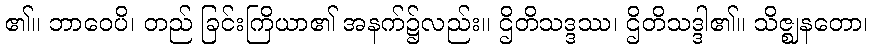
၏။ ဘာဝေပိ၊ တည် ခြင်းကြိယာ၏ အနက်၌လည်း။ ဌိတိသဒ္ဒဿ၊ ဌိတိသဒ္ဒါ၏။ သိဇ္ဈနတော၊